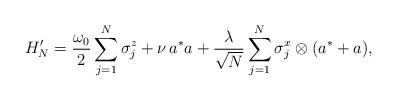
LaTeX: \begin{align*}H'_N=\frac{\omega_0}{2} \sum_{j=1}^N\sigma^z_j + \nu \,a^*a +\frac{\lambda}{\sqrt N} \sum_{j=1}^N \sigma^x_j\otimes (a^*+a),\end{align*}